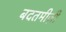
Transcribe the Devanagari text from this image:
बदतमीज़ी